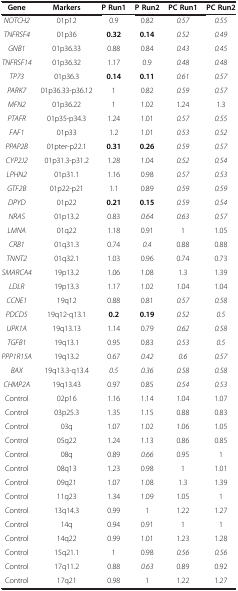
<table><thead><tr><td><b>Gene</b></td><td><b>Markers</b></td><td><b>P Run1</b></td><td><b>P Run2</b></td><td><b>PC Run1</b></td><td><b>PC Run2</b></td></tr></thead><tbody><tr><td><i>NOTCH2</i></td><td>01p12</td><td>0.9</td><td>0.82</td><td><i>0.57</i></td><td><i>0.55</i></td></tr><tr><td><i>TNFRSF4</i></td><td>01p36</td><td><b>0.32</b></td><td><b>0.14</b></td><td><i>0.52</i></td><td><i>0.49</i></td></tr><tr><td><i>GNB1</i></td><td>01p36.33</td><td>0.88</td><td>0.84</td><td><i>0.43</i></td><td><i>0.45</i></td></tr><tr><td><i>TNFRSF14</i></td><td>01p36.32</td><td>1.17</td><td>0.9</td><td><i>0.48</i></td><td><i>0.48</i></td></tr><tr><td><i>TP73</i></td><td>01p36.3</td><td><b>0.14</b></td><td><b>0.11</b></td><td><i>0.61</i></td><td><i>0.57</i></td></tr><tr><td><i>PARK7</i></td><td>01p36.33-p36.12</td><td>1</td><td>0.82</td><td><i>0.59</i></td><td><i>0.57</i></td></tr><tr><td><i>MFN2</i></td><td>01p36.22</td><td>1</td><td>1.02</td><td>1.24</td><td>1.3</td></tr><tr><td><i>PTAFR</i></td><td>01p35-p34.3</td><td>1.24</td><td>1.01</td><td><i>0.57</i></td><td><i>0.55</i></td></tr><tr><td><i>FAF1</i></td><td>01p33</td><td>1.2</td><td>1.01</td><td><i>0.53</i></td><td><i>0.52</i></td></tr><tr><td><i>PPAP2B</i></td><td>01pter-p22.1</td><td><b>0.31</b></td><td><b>0.26</b></td><td><i>0.59</i></td><td><i>0.57</i></td></tr><tr><td><i>CYP2J2</i></td><td>01p31.3-p31.2</td><td>1.28</td><td>1.04</td><td><i>0.52</i></td><td><i>0.54</i></td></tr><tr><td><i>LPHN2</i></td><td>01p31.1</td><td>1.16</td><td>0.98</td><td><i>0.57</i></td><td><i>0.53</i></td></tr><tr><td><i>GTF2B</i></td><td>01p22-p21</td><td>1.1</td><td>0.89</td><td><i>0.59</i></td><td><i>0.59</i></td></tr><tr><td><i>DPYD</i></td><td>01p22</td><td><b>0.21</b></td><td><b>0.15</b></td><td><i>0.59</i></td><td><i>0.54</i></td></tr><tr><td><i>NRAS</i></td><td>01p13.2</td><td>0.83</td><td><i>0.64</i></td><td><i>0.63</i></td><td><i>0.57</i></td></tr><tr><td><i>LMNA</i></td><td>01q22</td><td>1.18</td><td>0.91</td><td>1</td><td>1.05</td></tr><tr><td><i>CRB1</i></td><td>01q31.3</td><td>0.74</td><td><i>0.4</i></td><td>0.88</td><td>0.88</td></tr><tr><td><i>TNNT2</i></td><td>01q32.1</td><td>1.03</td><td>0.96</td><td>0.74</td><td>0.73</td></tr><tr><td><i>SMARCA4</i></td><td>19p13.2</td><td>1.06</td><td>1.08</td><td>1.3</td><td>1.39</td></tr><tr><td><i>LDLR</i></td><td>19p13.3</td><td>1.17</td><td>1.02</td><td>1.04</td><td>1.04</td></tr><tr><td><i>CCNE1</i></td><td>19q12</td><td>0.88</td><td>0.81</td><td><i>0.57</i></td><td><i>0.58</i></td></tr><tr><td><i>PDCD5</i></td><td>19q12-q13.1</td><td><b>0.2</b></td><td><b>0.19</b></td><td><i>0.52</i></td><td><i>0.5</i></td></tr><tr><td><i>UPK1A</i></td><td>19q13.13</td><td>1.14</td><td>0.79</td><td><i>0.62</i></td><td><i>0.58</i></td></tr><tr><td><i>TGFB1</i></td><td>19q13.1</td><td>0.95</td><td>0.83</td><td><i>0.53</i></td><td><i>0.5</i></td></tr><tr><td><i>PPP1R15A</i></td><td>19q13.2</td><td>0.67</td><td><i>0.42</i></td><td><i>0.6</i></td><td><i>0.57</i></td></tr><tr><td><i>BAX</i></td><td>19q13.3-q13.4</td><td><i>0.5</i></td><td><i>0.36</i></td><td><i>0.58</i></td><td><i>0.58</i></td></tr><tr><td><i>CHMP2A</i></td><td>19q13.43</td><td>0.97</td><td>0.85</td><td><i>0.54</i></td><td><i>0.53</i></td></tr><tr><td>Control</td><td>02p16</td><td>1.16</td><td>1.14</td><td>1.04</td><td>1.07</td></tr><tr><td>Control</td><td>03p25.3</td><td>1.35</td><td>1.15</td><td>0.88</td><td>0.83</td></tr><tr><td>Control</td><td>03q</td><td>1.07</td><td>1.02</td><td>1.06</td><td>1.05</td></tr><tr><td>Control</td><td>05q22</td><td>1.24</td><td>1.13</td><td>0.86</td><td>0.85</td></tr><tr><td>Control</td><td>08q</td><td>0.89</td><td><i>0.66</i></td><td>0.95</td><td>1</td></tr><tr><td>Control</td><td>08q13</td><td>1.23</td><td>0.98</td><td>1</td><td>1.01</td></tr><tr><td>Control</td><td>09q21</td><td>1.07</td><td>1.08</td><td>1.3</td><td>1.39</td></tr><tr><td>Control</td><td>11q23</td><td>1.34</td><td>1.09</td><td>1.05</td><td>1</td></tr><tr><td>Control</td><td>13q14.3</td><td>0.99</td><td>1</td><td>1.22</td><td>1.27</td></tr><tr><td>Control</td><td>14q</td><td>0.94</td><td>0.91</td><td>1</td><td>1</td></tr><tr><td>Control</td><td>14q22</td><td>0.99</td><td>1.01</td><td>1.23</td><td>1.28</td></tr><tr><td>Control</td><td>15q21.1</td><td>1</td><td>0.98</td><td><i>0.56</i></td><td><i>0.56</i></td></tr><tr><td>Control</td><td>17q11.2</td><td>0.88</td><td><i>0.63</i></td><td>0.89</td><td>0.92</td></tr><tr><td>Control</td><td>17q21</td><td>0.98</td><td>1</td><td>1.22</td><td>1.27</td></tr></tbody></table>